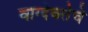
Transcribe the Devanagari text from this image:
वाग्देवतेचे